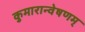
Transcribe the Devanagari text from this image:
कुमारान्वेषणम्